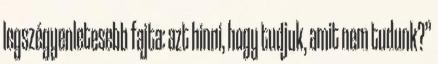
legszégyenletesebb fajta: azt hinni, hogy tudjuk, amit nem tudunk?”